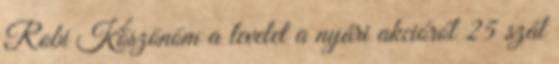
Robi Köszönöm a levelet a nyári akcióról 25 szál